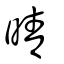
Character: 夝